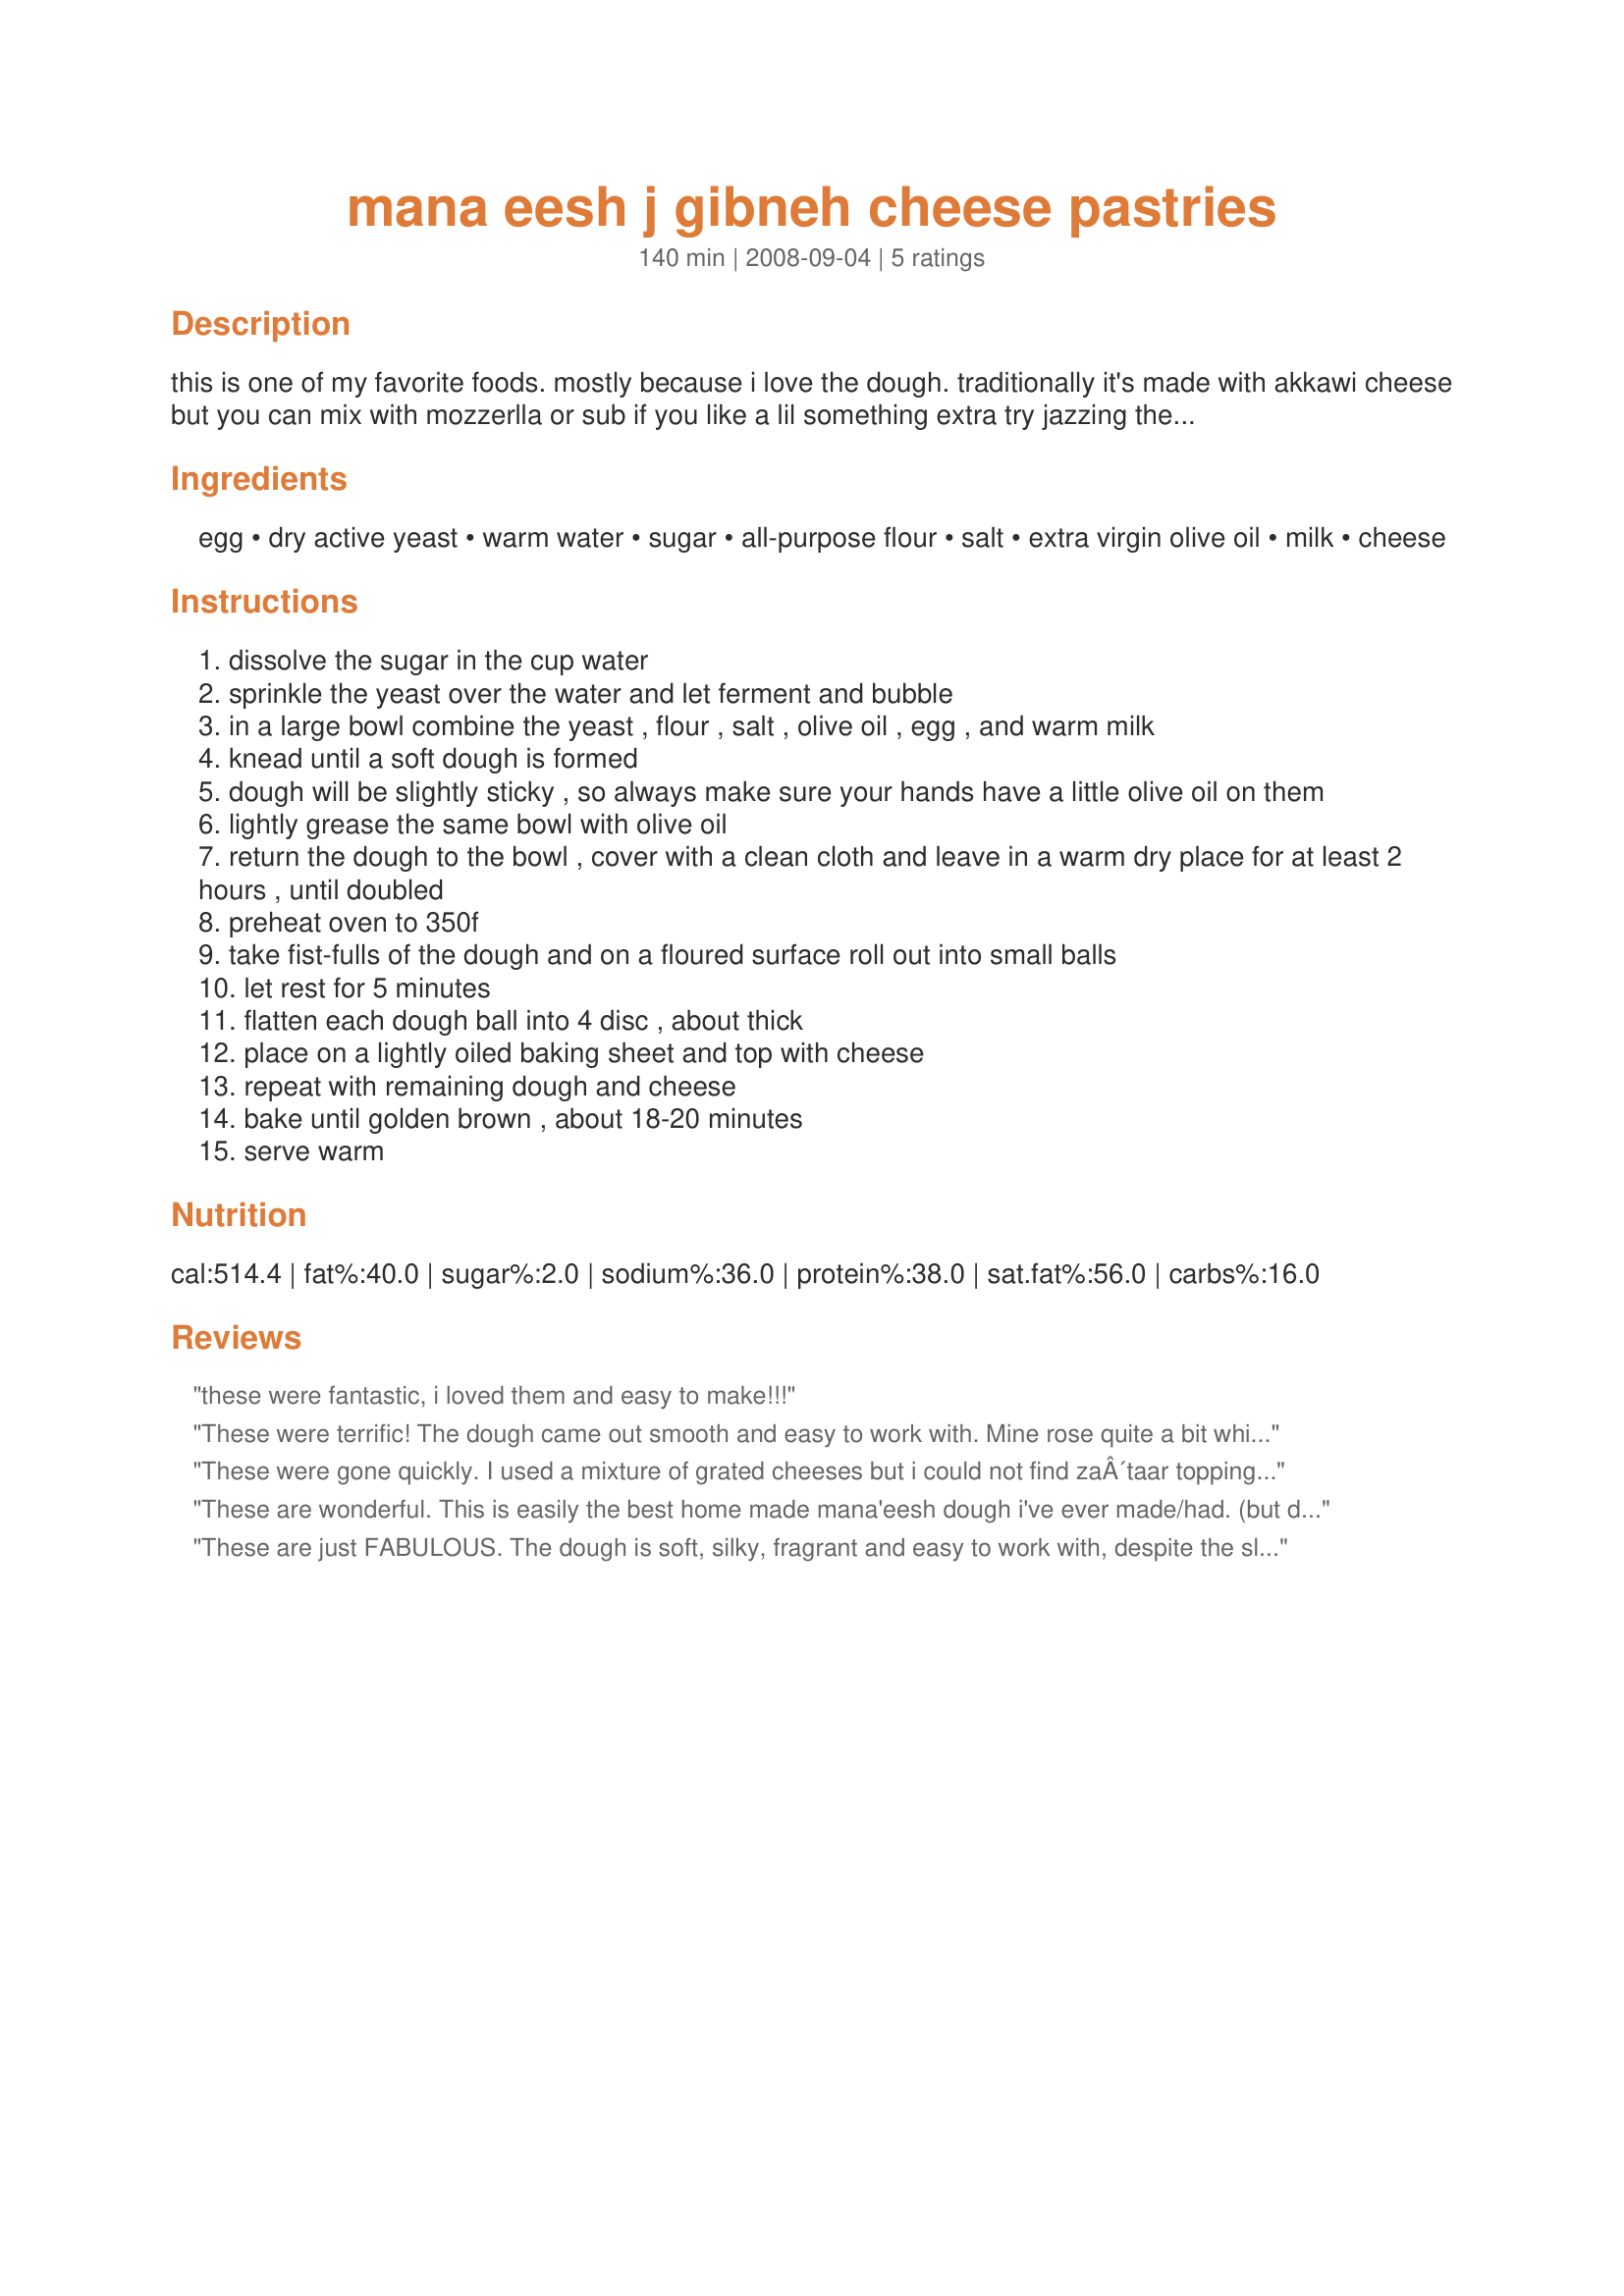
mana eesh j gibneh cheese pastries
Preparation time: 140 minutes

this is one of my favorite foods. mostly because i love the dough. traditionally it's made with akkawi cheese but you can mix with mozzerlla or sub if you like a lil something extra try jazzing them up with za'taar spice or some veggies.
these freeze well pre baked. i have brushed them around the edges with olive oil or butter for a golden glow but not always. play around with them to cook them to how you like. some like a softer dough and less time in the oven and some like a crunchy dough. this dough can do either.

Ingredients:
egg, dry active yeast, warm water, sugar, all-purpose flour, salt, extra virgin olive oil, milk, cheese

Steps:
dissolve the sugar in the cup water
sprinkle the yeast over the water and let ferment and bubble
in a large bowl combine the yeast , flour , salt , olive oil , egg , and warm milk
knead until a soft dough is formed
dough will be slightly sticky , so always make sure your hands have a little olive oil on them
lightly grease the same bowl with olive oil
return the dough to the bowl , cover with a clean cloth and leave in a warm dry place for at least 2 hours , until doubled
preheat oven to 350f
take fist-fulls of the dough and on a floured surface roll out into small balls
let rest for 5 minutes
flatten each dough ball into 4 disc , about thick
place on a lightly oiled baking sheet and top with cheese
repeat with remaining dough and cheese
bake until golden brown , about 18-20 minutes
serve warm

Reviews:
these were fantastic, i loved them and easy to make!!!
These were terrific! The dough came out smooth and easy to work with. Mine rose quite a bit while baking and came out soft and tender, just as I wanted them. I topped with mozzarella cheese. I served these with recipe #387638 Koftit Roz (Rice Meatballs) ; the next day I split open one of the pastries, stuffed a couple of sliced meatballs in, and enjoyed a delicious lunch. Great recipe - thanks for posting it!
These were gone quickly. I used a mixture of grated cheeses but i could not find zaÂ´taar topping which is a pity really. I would like to try some other toppings too, the dough is excelent!
These are wonderful. This is easily the best home made mana'eesh dough i've ever made/had. (but don't tell my mama). I think i'm going to use this recipe for all my mana'eesh.. spinach, meat, zaatar. I used a combination of mozzarella and haloumi cheese. mmm...so good.
These are just FABULOUS. The dough is soft, silky, fragrant and easy to work with, despite the slight stickiness. The weather was very humid, and I had to increase the quantity of flour some, but I still kept the dough soft and tacky.
The flavor of the dough is great. I think that it's important to use a fruity evoo, it's discernable in the finished pastry.
I used the suggested mozzarella and za'taar toppings, but I'm thinking that this dough is just too good to stop at them.
I had a lot of fun making these, both for my customers and my family. It's an easy treat, also a welcome side to a summer salad.
This is already one of my favorite little extras, thank you so much Jamilah!
